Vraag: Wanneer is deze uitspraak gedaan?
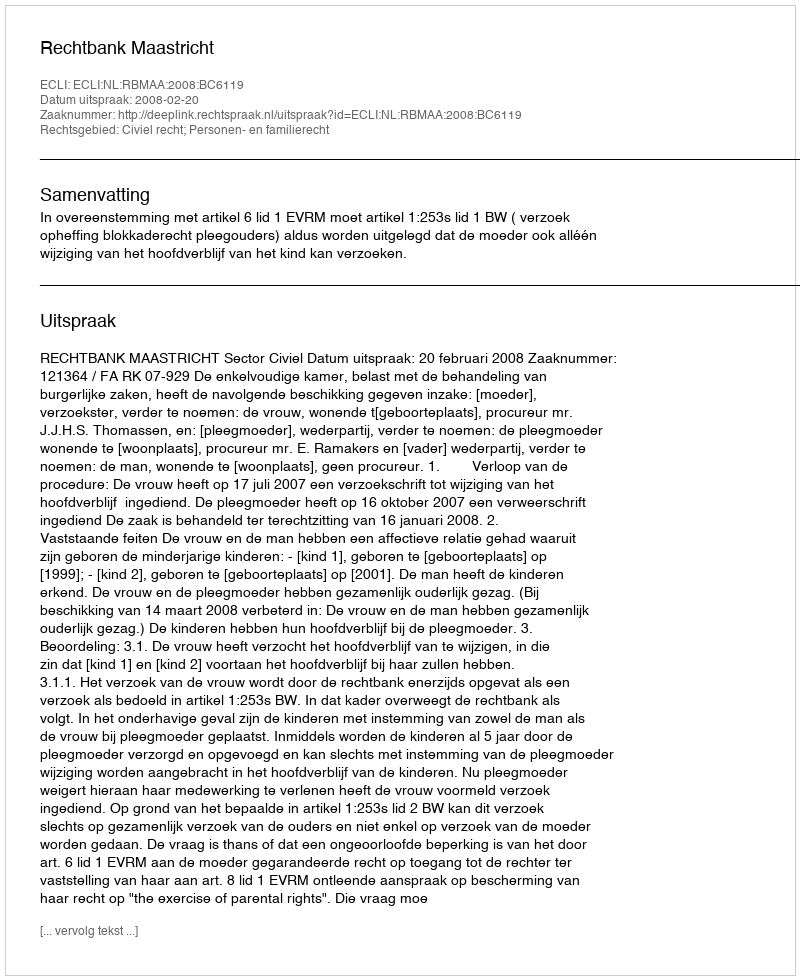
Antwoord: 2008-02-20